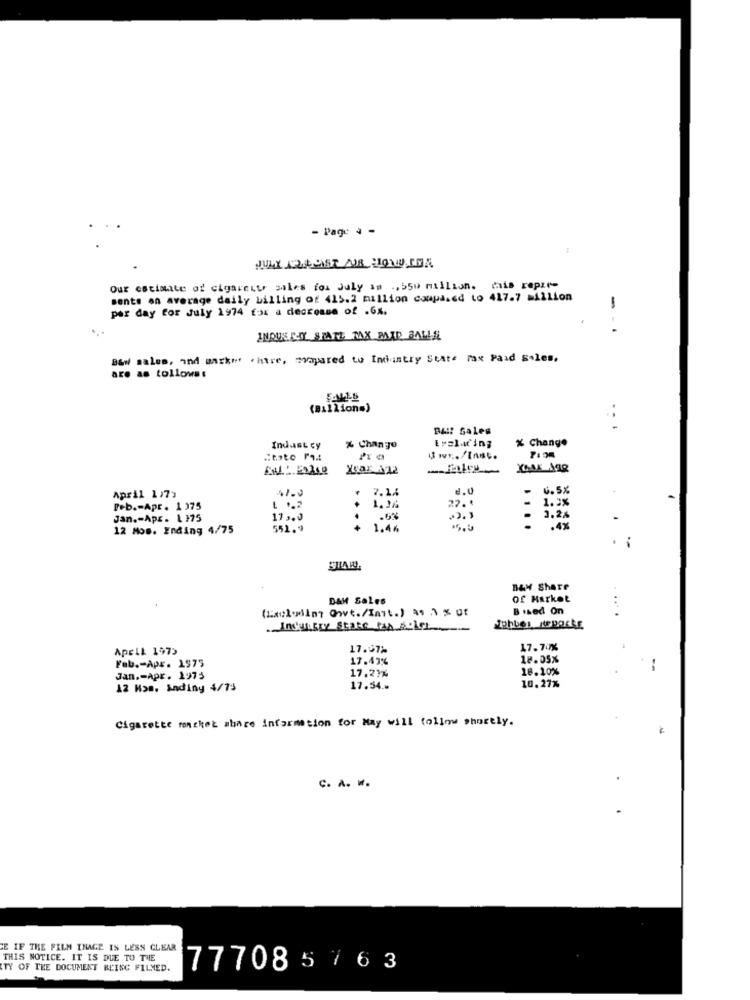
- Page 4 -
Our estimate of cigarette sales for July an ., 550 million. this repute
sents an average daily billing of 415.2 million compased to 417.7 million
per day for July 1974 fox a decrease of .Gx.
--
INOUS EY STATE TAX PAID BALLS
Baut sales, and market share, mapared to Industry State Fax Paid sales.
are as tollows:
(Billions)
BAI! Sales
Change
Indust cy
% Change
Lyslicing
XCar 142
7.14
2.0
6.5X
April 1,75
1.2%
Peb .- Apr. 1 375
1.3
27.
Jan .- Apr . 1 }75
17 ,. J
.6%
12 Mos. Ending 4/75
551.4
1.44
.4%
BAX Share
DAM Sales
of Market
(al.din Qwt./Inst.) as .1 % Of
B ised On
Industry State Man BOLCI-
phbes ReportE
ApELL 1973
17.37%
17.70%
17.43%
18.05%
Fab .- Apr. 1975
17.21%
18.10%
--
Jan .- Apr. 1973
10.27%
12 Mom. Sadiny 4/73
17.54.»
Cigarette market share information for May will follow shortly.
C. A. W.
E IF THE FILM THAGE IS LESS CLEAR
THIS NOTICE. IT IS DUE TO THE
TY OF THE DOCUMENT BLING FILMED.
777085763